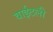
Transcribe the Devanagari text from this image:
वाईटली